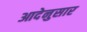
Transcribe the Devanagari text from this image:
आदेनुसार